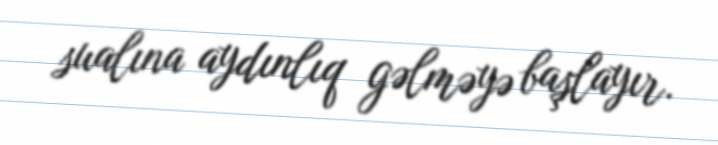
sualına aydınlıq gəlməyə başlayır.